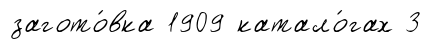
загото́вка 1909 катало́гах 3